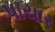
પાયાર